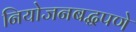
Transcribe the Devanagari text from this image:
नियोजनबद्धपणे